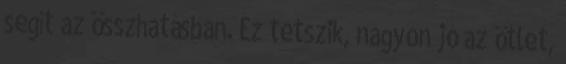
segít az összhatásban. Ez tetszik, nagyon jó az ötlet,